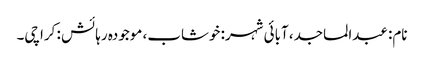
نام: عبدالماجد، آبائی شہر: خوشاب، موجودہ رہائش : کراچی۔